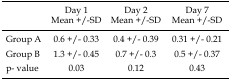
<table><thead><tr><td></td><td><b>Day 1 Mean +/-SD</b></td><td><b>Day 2 Mean +/-SD</b></td><td><b>Day 7 Mean +/-SD</b></td></tr></thead><tbody><tr><td>Group A</td><td>0.6 +/- 0.33</td><td>0.4 +/- 0.39</td><td>0.31 +/- 0.21</td></tr><tr><td>Group B</td><td>1.3 +/- 0.45</td><td>0.7 +/- 0.3</td><td>0.5 +/- 0.37</td></tr><tr><td>p- value</td><td>0.03</td><td>0.12</td><td>0.43</td></tr></tbody></table>